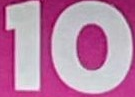
10